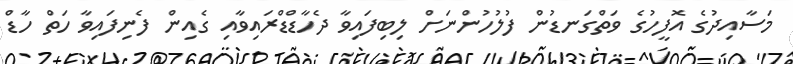
މަސާއިދުގެ އޮފީހުގެ ވަތްގަނޑުން ފުލުހުންނަށް ލިބިފައިވާ ދެހާޑްޑްރައިވާއި ގެއިން ފެނިފައިވާ ހަތް ހާޑް